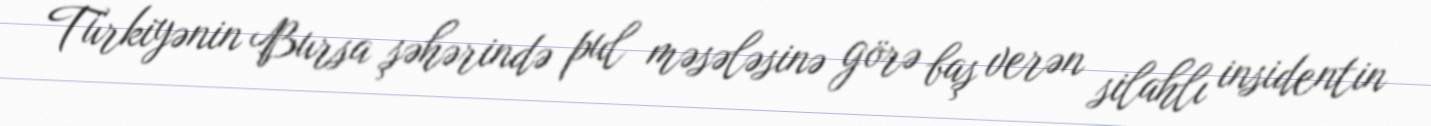
Türkiyənin Bursa şəhərində pul məsələsinə görə baş verən silahlı insidentin